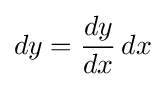
dy={\frac {dy}{dx}}\,dx